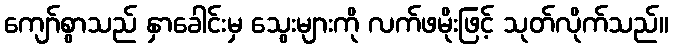
ကျော်စွာသည် နှာခေါင်းမှ သွေးများကို လက်ဖမိုးဖြင့် သုတ်လိုက်သည်။